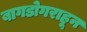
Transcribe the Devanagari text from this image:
बागडोगराहून